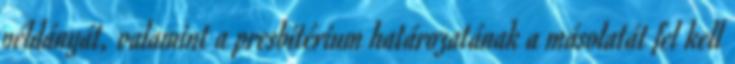
példányát, valamint a presbitérium határozatának a másolatát fel kell